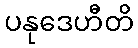
ပနုဒေဟီတိ